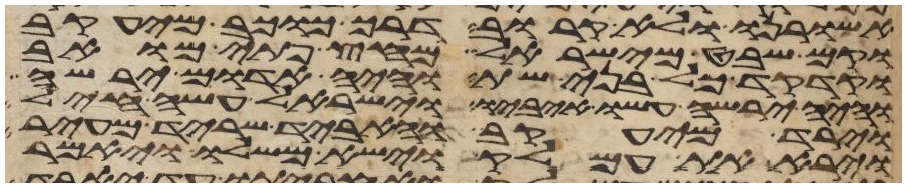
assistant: אשורנו ולא קרוב דרך כוכב מיעקב
וקם שבט מישראל מחץ פתי מואב
וקדקד כל בני שת והיה אדום ירשה
והיה ירשה עשו איביו וישראל עשה חיל
וירד מיעקב והאביד שריד מעיר
וירא את עמלק וישא משלו ויאמר